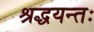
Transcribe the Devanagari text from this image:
श्रद्धयन्तः